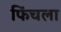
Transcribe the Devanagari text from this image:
फिंचला